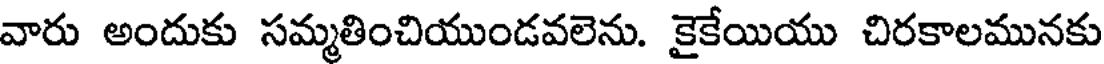
వారు అందుకు సమ్మతించియుండవలెను. కైకేయియు చిరకాలమునకు